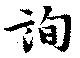
詢